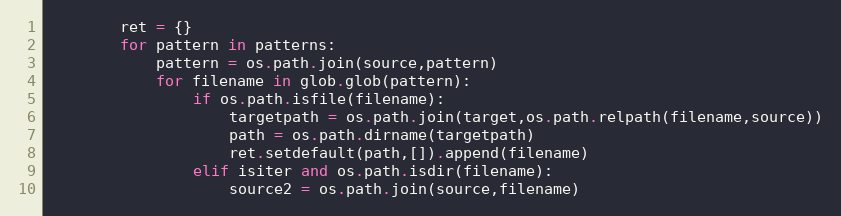
Language: Python
        ret = {}
        for pattern in patterns:
            pattern = os.path.join(source,pattern)
            for filename in glob.glob(pattern):
                if os.path.isfile(filename):
                    targetpath = os.path.join(target,os.path.relpath(filename,source))
                    path = os.path.dirname(targetpath)
                    ret.setdefault(path,[]).append(filename)
                elif isiter and os.path.isdir(filename):
                    source2 = os.path.join(source,filename)